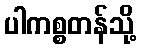
ပါကစ္စတန်သို့